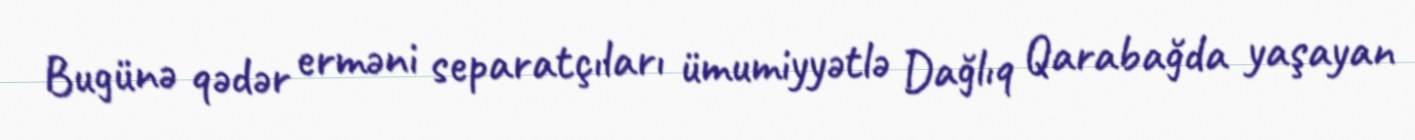
Bugünə qədər erməni separatçıları ümumiyyətlə Dağlıq Qarabağda yaşayan